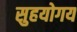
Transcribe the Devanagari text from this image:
सुहयोगय